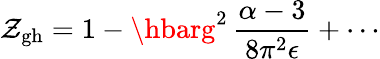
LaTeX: \mathcal{Z}_{\mathrm{{gh}}}=1-\hbarg^{2}\, \frac{{\alpha-3}}{{8\pi^{2}\epsilon}}+\cdots